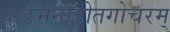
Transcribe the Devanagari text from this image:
वाङ्मनातीतगोचरम्